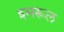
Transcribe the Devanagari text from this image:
इमरूल